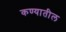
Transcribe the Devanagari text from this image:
कण्यातील